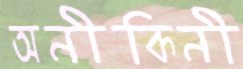
অনীকিনী